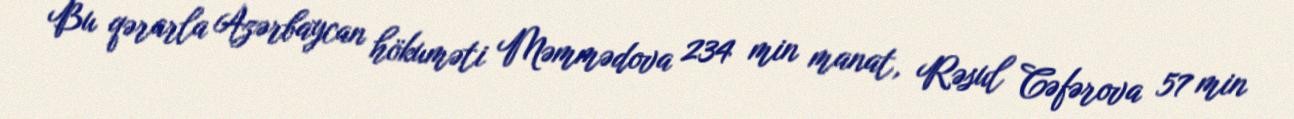
Bu qərarla Azərbaycan hökuməti Məmmədova 234 min manat, Rəsul Cəfərova 57 min